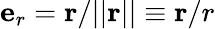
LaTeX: \mathbf{e}_{r}=\mathbf{r}/||\mathbf{r}||\equiv\mathbf{r}/r